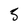
Character: 5